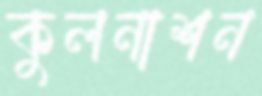
কুলনাশন